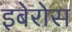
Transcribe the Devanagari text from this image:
इबेरोस